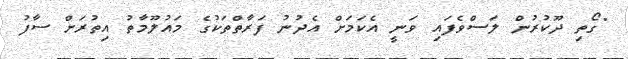
"ގޯތި ދޫކުރުން ލަސްވެފައި ވަނީ އެކަމަށް އެދުނު ފަރާތްތަކުގެ މައުލޫމާތު އިތުރަށް ސާފު